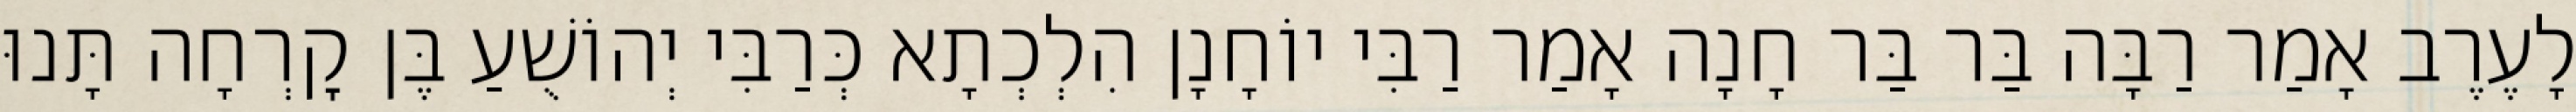
לָעֶרֶב אָמַר רַבָּה בַּר בַּר חָנָה אָמַר רַבִּי יוֹחָנָן הִלְכְתָא כְּרַבִּי יְהוֹשֻׁעַ בֶּן קׇרְחָה תָּנוּ